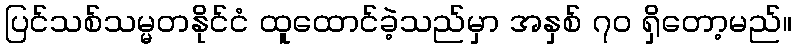
ပြင်သစ်သမ္မတနိုင်ငံ ထူထောင်ခဲ့သည်မှာ အနှစ် ၇၀ ရှိတော့မည်။